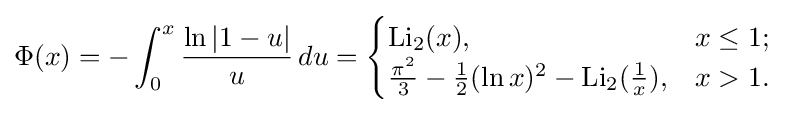
\operatorname {\Phi } (x)=-\int _{0}^{x}{\frac {\ln |1-u|}{u}}\,du={\begin{cases}\operatorname {Li} _{2}(x),&x\leq 1;\\{\frac {\pi ^{2}}{3}}-{\frac {1}{2}}(\ln x)^{2}-\operatorname {Li} _{2}({\frac {1}{x}}),&x>1.\end{cases}}